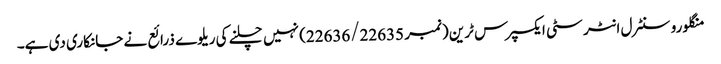
منگلورو سنٹرل انٹر سٹی ایکسپرس ٹرین (نمبر 22636/22635) نہیں چلنے کی ریلوے ذرائع نے جانکاری دی ہے۔